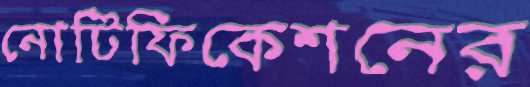
নোটিফিকেশনের